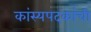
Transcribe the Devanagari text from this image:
कांस्यपदकांची